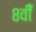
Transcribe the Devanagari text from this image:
८वीँ